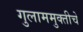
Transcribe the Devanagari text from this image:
गुलाममुक्तीचे